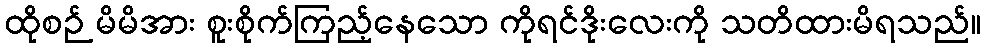
ထိုစဉ် မိမိအား စူးစိုက်ကြည့်နေသော ကိုရင်ဒိုးလေးကို သတိထားမိရသည်။